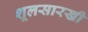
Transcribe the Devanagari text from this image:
शूलसारखी